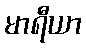
မာရီယာ